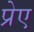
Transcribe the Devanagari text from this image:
प्रेए